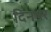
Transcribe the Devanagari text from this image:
दिनपर